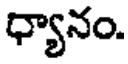
ధ్యానం.